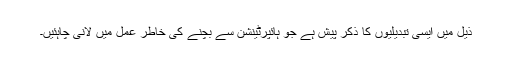
ذیل میں ایسی تبدیلیوں کا ذکر پیش ہے جو ہائپرٹینشن سے بچنے کی خاطر عمل میں لانی چاہئیں۔